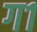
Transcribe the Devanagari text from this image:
ग१